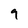
Character: 9